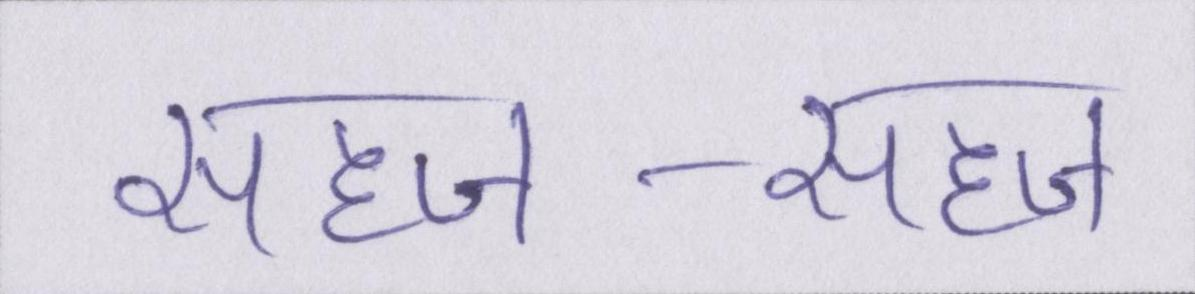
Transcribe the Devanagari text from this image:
सहज-सहज